Indian journal of veterinary science and animal husbandry - Volume 12,
Year: 1942
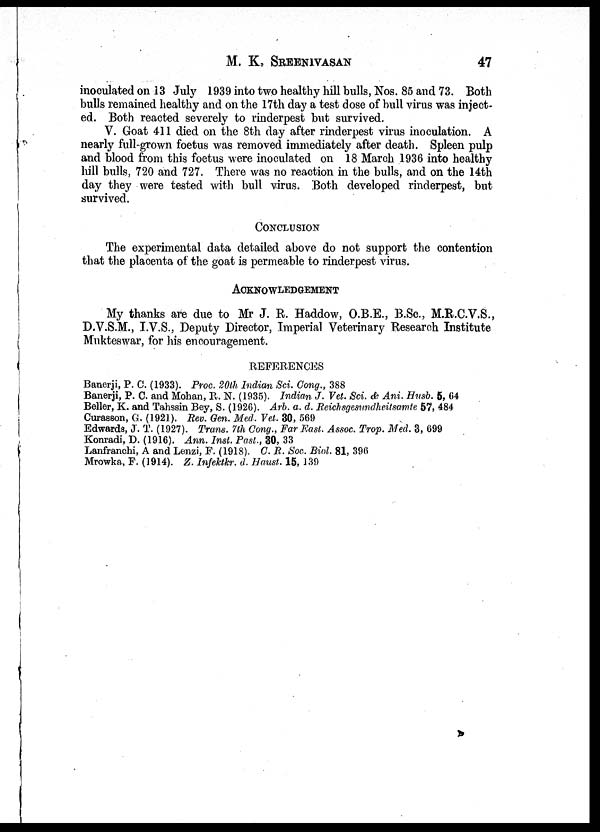
M. K. SREENIVASAN 47
inoculated on 13 July 1939 into two healthy hill bulls, Nos. 85 and 73. Both
bulls remained healthy and on the 17th day a test dose of bull virus was inject-
ed. Both reacted severely to rinderpest but survived.
V. Goat 411 died on the 8th day after rinderpest virus inoculation. A
nearly full-grown foetus was removed immediately after death. Spleen pulp
and blood from this foetus were inoculated on 18 March 1936 into healthy
hill bulls, 720 and 727. There was no reaction in the bulls, and on the 14th
day they were tested with bull virus. Both developed rinderpest, but
survived.
CONCLUSION
The experimental data detailed above do not support the contention
that the placenta of the goat is permeable to rinderpest virus.
ACKNOWLEDGEMENT
My thanks are due to Mr J. R. Haddow, O.B.E., B.Sc., M.R.C.V.S.,
D.V.S.M., I.V.S., Deputy Director, Imperial Veterinary Research Institute
Mukteswar, for his encouragement.
REFERENCES
Banerji, P. C. (1933). Proc. 20th Indian Sci. Cong., 388
Banerji, P. C. and Mohan, R. N. (1935). Indian J. Vet. Sci. & Ani. Husb. 5, 64
Beller, K. and Tahssin Bey, S. (1926). Arb. a. d. Reichsgesundheitsamte 57, 484
Curasson, G. (1921). Rev. Gen. Med. Vet. 30, 569
Edwards, J. T. (1927). Trans. 7th Cong., Far East. Assoc. Trop. Med. 3, 699
Konradi, D. (1916). Ann. Inst. Past., 30, 33
Lanfranchi, A and Lenzi, F. (1918). C. R. Soc. Biol. 81, 396
Mrowka, F. (1914). Z. Infektkr. d. Haust. 15, 139
D